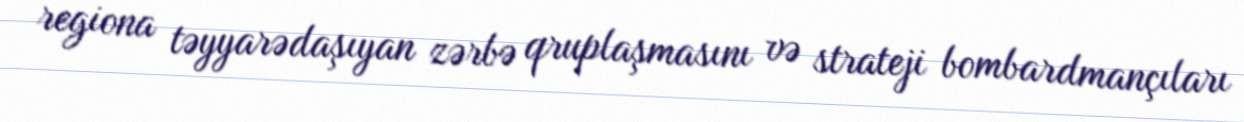
regiona təyyarədaşıyan zərbə qruplaşmasını və strateji bombardmançıları